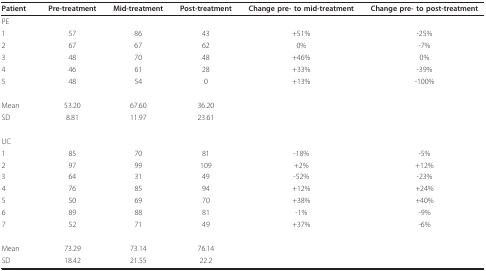
<table><thead><tr><td><b>Patient</b></td><td><b>Pre-treatment</b></td><td><b>Mid-treatment</b></td><td><b>Post-treatment</b></td><td><b>Change pre- to mid-treatment</b></td><td><b>Change pre- to post-treatment</b></td></tr></thead><tbody><tr><td>PE</td><td></td><td></td><td></td><td></td><td></td></tr><tr><td>1</td><td>57</td><td>86</td><td>43</td><td>+51%</td><td>-25%</td></tr><tr><td>2</td><td>67</td><td>67</td><td>62</td><td>0%</td><td>-7%</td></tr><tr><td>3</td><td>48</td><td>70</td><td>48</td><td>+46%</td><td>0%</td></tr><tr><td>4</td><td>46</td><td>61</td><td>28</td><td>+33%</td><td>-39%</td></tr><tr><td>5</td><td>48</td><td>54</td><td>0</td><td>+13%</td><td>-100%</td></tr><tr><td>Mean</td><td>53.20</td><td>67.60</td><td>36.20</td><td></td><td></td></tr><tr><td>SD</td><td>8.81</td><td>11.97</td><td>23.61</td><td></td><td></td></tr><tr><td>UC</td><td></td><td></td><td></td><td></td><td></td></tr><tr><td>1</td><td>85</td><td>70</td><td>81</td><td>-18%</td><td>-5%</td></tr><tr><td>2</td><td>97</td><td>99</td><td>109</td><td>+2%</td><td>+12%</td></tr><tr><td>3</td><td>64</td><td>31</td><td>49</td><td>-52%</td><td>-23%</td></tr><tr><td>4</td><td>76</td><td>85</td><td>94</td><td>+12%</td><td>+24%</td></tr><tr><td>5</td><td>50</td><td>69</td><td>70</td><td>+38%</td><td>+40%</td></tr><tr><td>6</td><td>89</td><td>88</td><td>81</td><td>-1%</td><td>-9%</td></tr><tr><td>7</td><td>52</td><td>71</td><td>49</td><td>+37%</td><td>-6%</td></tr><tr><td>Mean</td><td>73.29</td><td>73.14</td><td>76.14</td><td></td><td></td></tr><tr><td>SD</td><td>18.42</td><td>21.55</td><td>22.2</td><td></td><td></td></tr></tbody></table>